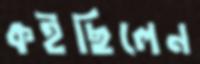
কইছিলেন